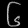
Digit: ၆